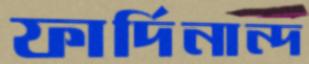
ফার্দিনান্দ